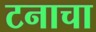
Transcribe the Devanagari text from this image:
टनाचा